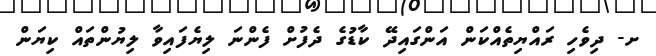
ށ- ދިވެހި ރައްޔިތެއްކަން އަންގައިދޭ ކާޑުގެ ދެފުށް ފެންނަ ލިޔެފައިވާ ލިޔުންތައް ކިޔަން